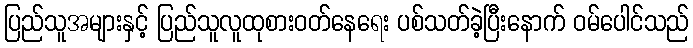
ပြည်သူအများနှင့် ပြည်သူလူထုစားဝတ်နေရေး ပစ်သတ်ခဲ့ပြီးနောက် ဝမ်ပေါင်သည်